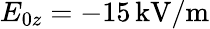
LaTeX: E_{0z}=-15\, \mathrm{kV/m}